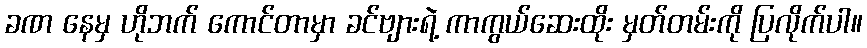
ခဏ နေမှ ဟိုဘက် ကောင်တာမှာ ခင်ဗျားရဲ့ ကာကွယ်ဆေးထိုး မှတ်တမ်းကို ပြလိုက်ပါ။